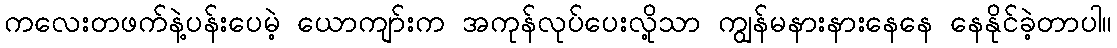
ကလေးတဖက်နဲ့ပန်းပေမဲ့ ယောကျာ်းက အကုန်လုပ်ပေးလို့သာ ကျွန်မနားနားနေနေ နေနိုင်ခဲ့တာပါ။